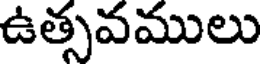
ఉత్సవములు